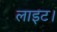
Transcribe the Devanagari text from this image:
लाइट।